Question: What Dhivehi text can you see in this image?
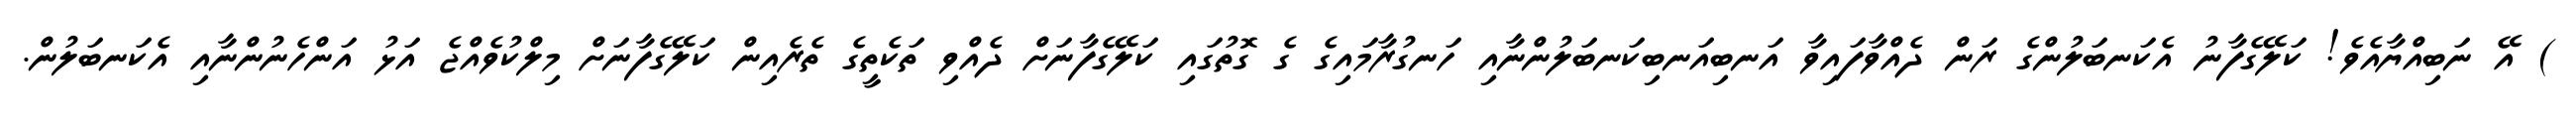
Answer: ) އޭ ނަބިއްޔާއެވެ! ކަލޭގެފާނު އެކަނބަލުންގެ ރަން ދެއްވާފައިވާ އަނބިއަނބިކަނބަލުންނާއި ހަނގުރާމައިގެ ގެ ގޮތުގައި ކަލޭގެފާނަށް ދެއްވި ތަކެތީގެ ތެރެއިން ކަލޭގެފާނަށް މިލްކުވެއްޖެ އަޅު އަންހެނުންނާއި އެކަނބަލުން.